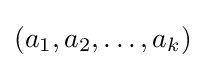
(a_{1},a_{2},\dots ,a_{k})